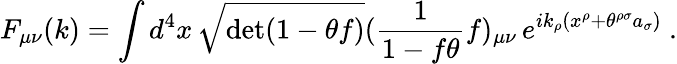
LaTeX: F_{\mu\nu}(k)=\int d^{4}x\, \sqrt{\operatorname*{det}(1-\theta f)}(\frac{1}{1-f\theta}f)_{\mu\nu}\, e^{ik_{\rho}(x^{\rho}+\theta^{\rho\sigma}a_{\sigma})}\ .